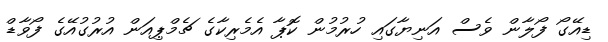
ޑިއޭގޯ ފޯލާން ވެސް އަނިޔާގައި ހުރުމުން ކޮޕާ އެމެރިކާގެ ޗެމްޕިއަން އުރުގުއޭގެ ފޯވާޑް